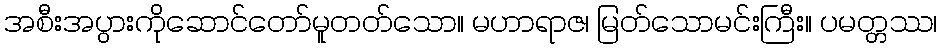
အစီးအပွားကိုဆောင်တော်မူတတ်သော။ မဟာရာဇ၊ မြတ်သောမင်းကြီး။ ပမတ္တဿ၊